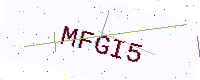
Text: MFGI5